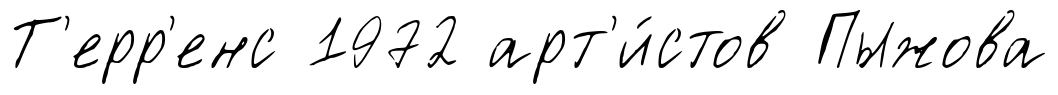
Т'ерр'енс 1972 арт'и́стов Пыжова